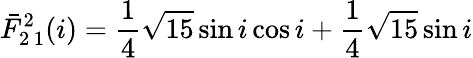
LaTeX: \bar{F}_{2\, 1}^{2}(i)=\frac{1}{4}\sqrt{15}\sin i\cos i+\frac{1}{4}\sqrt{15}\sin i